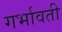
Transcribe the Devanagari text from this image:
गर्भावती